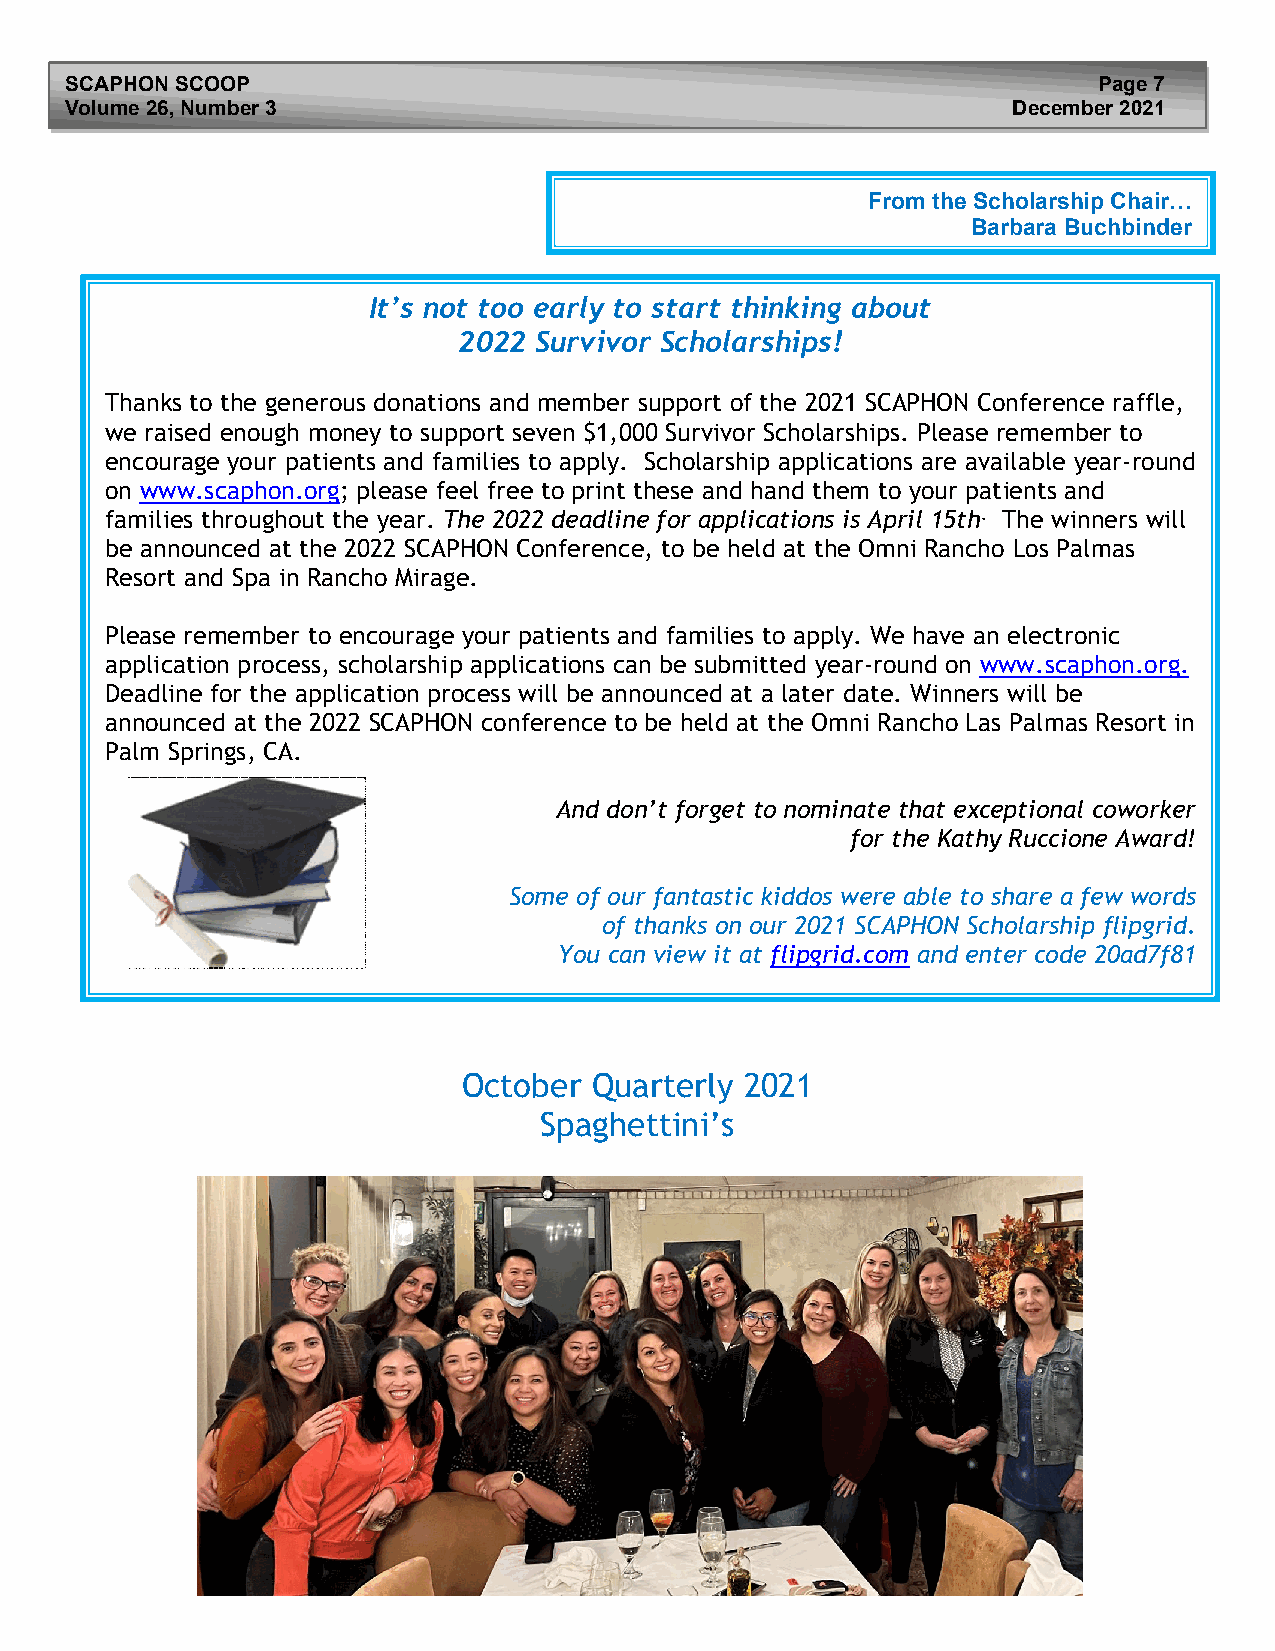
SCAPHON S C OOP                                                      Page 7
 Volume 26, N umber 3                                           December 2021
 From the Scholarship Chair…
 Barbara Buchbinder
 It’s not too early to start thinking about
 2022 Survivor Scholarships!
 Thanks to the generous donations and member support of the 2021 SCAPHON Conference raffle,
 we raised enough money to support seven $1,000 Survivor Scholarships. Please remember to
 encourage your patients and families to apply. Scholarship applications are available year-round
 on www.scaphon.org; please feel free to print these and hand them to your patients and
 families throughout the year. The 2022 deadline for applications is April 15th. The winners will
 be announced at the 2022 SCAPHON Conference, to be held at the Omni Rancho Los Palmas
 Resort and Spa in Rancho Mirage.
 Please remember to encourage your patients and families to apply. We have an electronic
 application process, scholarship applications can be submitted year-round on www.scaphon.org.
 Deadline for the application process will be announced at a later date. Winners will be
 announced at the 2022 SCAPHON conference to be held at the Omni Rancho Las Palmas Resort in
 Palm Springs, CA.
 And don’t forget to nominate that exceptional coworker
 for the Kathy Ruccione Award!
 Some of our fantastic kiddos were able to share a few words
 of thanks on our 2021 SCAPHON Scholarship flipgrid.
 You can view it at flipgrid.com and enter code 20ad7f81
 October Quarterly 2021
 Spaghettini’s